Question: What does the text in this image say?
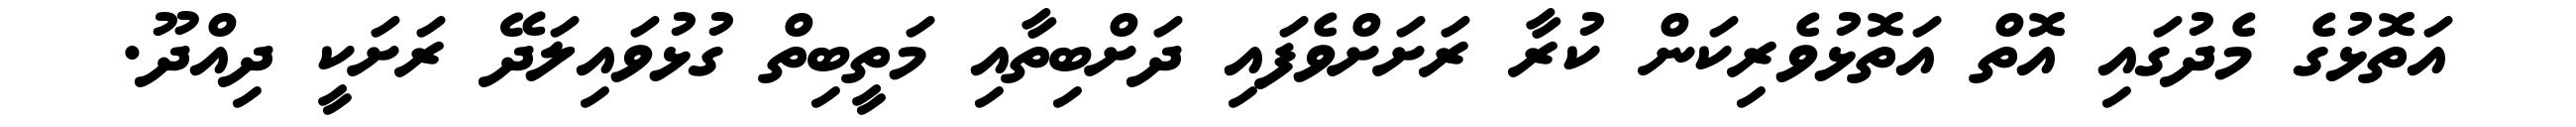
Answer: އަތޮޅުގެ މެދުގައި އޮތް އަތޮޅުވެރިކަން ކުރާ ރަށަށްވެފައި ދަށްބިތާއި މަތީބިތް ގުޅުވައިލަދޭ ރަށަކީ ދިއްދޫ.